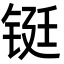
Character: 铤